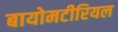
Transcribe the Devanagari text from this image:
बायोमटीरियल